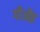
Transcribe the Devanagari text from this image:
गौऔइ